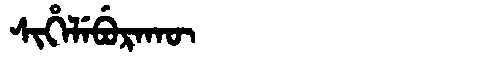
Manchu: ᠰᡳᡥᡝᠯᡝᠪᡠᡵᠠᡴᡡ
Romanization: SIHELEBURAKŪ